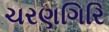
ચરણગિરિ